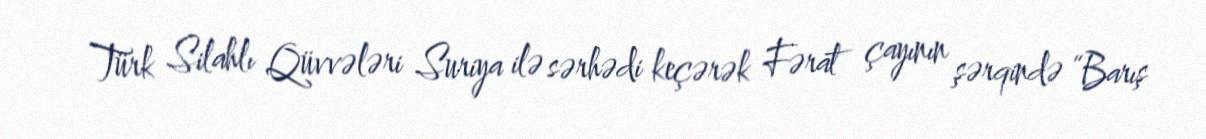
Türk Silahlı Qüvvələri Suriya ilə sərhədi keçərək Fərat çayının şərqində “Barış